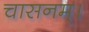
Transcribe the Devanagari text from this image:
चासनम्‌।